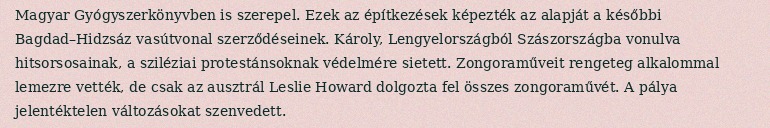
Magyar Gyógyszerkönyvben is szerepel. Ezek az építkezések képezték az alapját a későbbi Bagdad–Hidzsáz vasútvonal szerződéseinek. Károly, Lengyelországból Szászországba vonulva hitsorsosainak, a sziléziai protestánsoknak védelmére sietett. Zongoraműveit rengeteg alkalommal lemezre vették, de csak az ausztrál Leslie Howard dolgozta fel összes zongoraművét. A pálya jelentéktelen változásokat szenvedett.